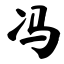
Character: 冯